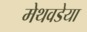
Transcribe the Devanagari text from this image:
मेथवडेया